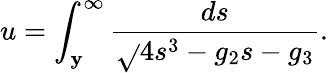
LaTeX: u=\int_{\mathbf{y}}^{\infty}{\frac{{ds}}{{\sqrt{}{{4s^{3}-g_{2}s-g_{3}}}}}}.